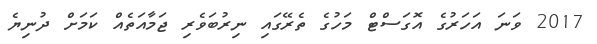
2017 ވަނަ އަހަރުގެ އޮގަސްޓް މަހުގެ ތެރޭގައި ނިރުބަވެރި ޖަމާއަތެއް ކަމަށް ދުނިޔެ